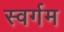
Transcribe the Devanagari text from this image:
स्वर्गम